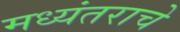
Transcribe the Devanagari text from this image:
मध्यंतराचे